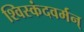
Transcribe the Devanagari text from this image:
श्विस्कंदवर्मन्